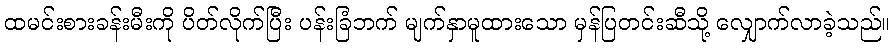
ထမင်းစားခန်းမီးကို ပိတ်လိုက်ပြီး ပန်းခြံဘက် မျက်နှာမူထားသော မှန်ပြတင်းဆီသို့ လျှောက်လာခဲ့သည်။